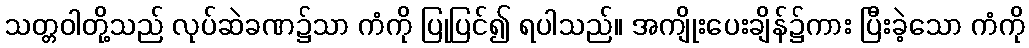
သတ္တဝါတို့သည် လုပ်ဆဲခဏ၌သာ ကံကို ပြုပြင်၍ ရပါသည်။ အကျိုးပေးချိန်၌ကား ပြီးခဲ့သော ကံကို